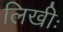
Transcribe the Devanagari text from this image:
लिखीः